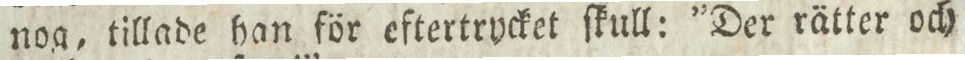
nog, tillade han för eftertrycket ſkull: ”Der rätter och